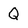
Character: Q